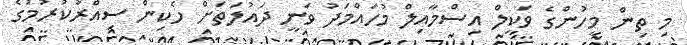
މި ތިން މީހުންގެ ވަކީލް އިސްމާއިލް މުހައްމަދު ވަނީ ދައުލަތަށް ހެކިން ސިއްރުކުރުމުގެ